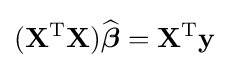
(\mathbf {X} ^{\mathrm {T} }\mathbf {X} ){\widehat {\boldsymbol {\beta }}}=\mathbf {X} ^{\mathrm {T} }\mathbf {y}